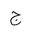
Letter: _gim